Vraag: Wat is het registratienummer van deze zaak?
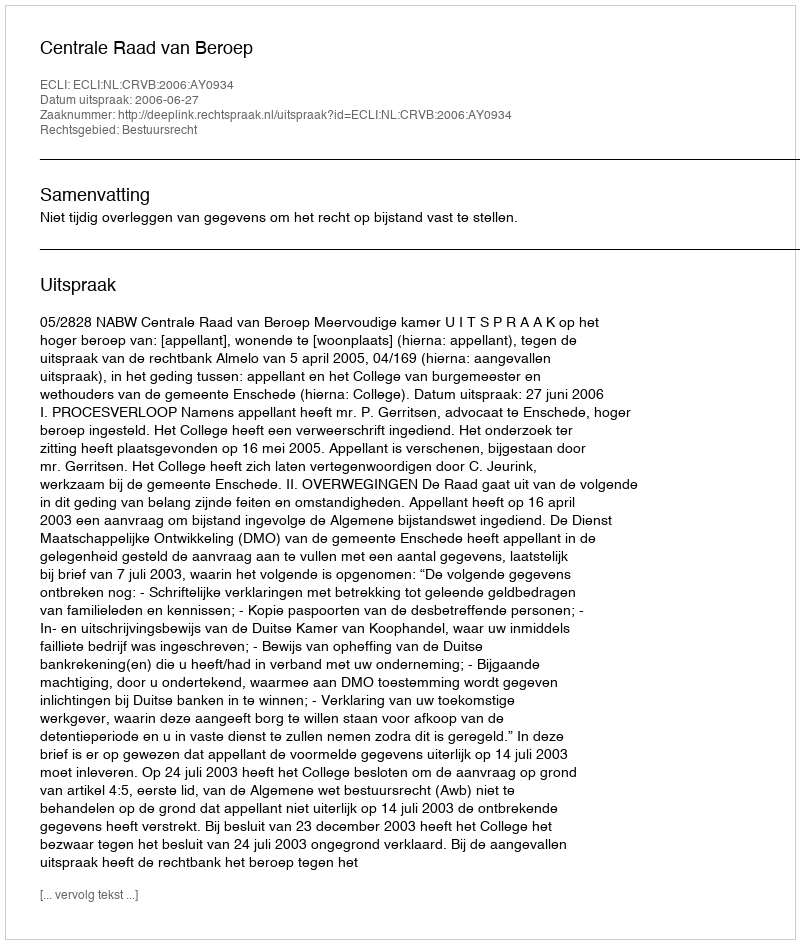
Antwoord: http://deeplink.rechtspraak.nl/uitspraak?id=ECLI:NL:CRVB:2006:AY0934